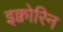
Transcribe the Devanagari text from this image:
इक्वोरिन